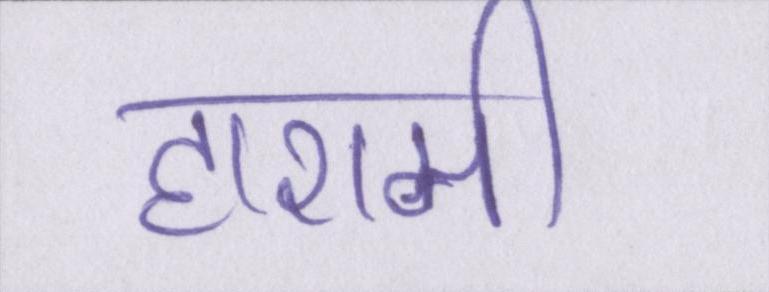
हाशमी